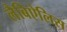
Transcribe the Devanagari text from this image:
लैबिऐलिस